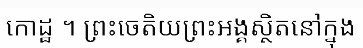
កោដ្ឋ ។ ព្រះចេតិយព្រះអង្គស្ថិតនៅក្នុង